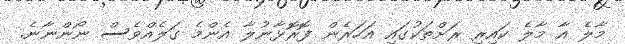
މާލެ އާ މާލެ ކައިރި ރަށްތަކުގައި އަހަރެން ފޮރޮޅާނުލާ އެންމެ ގަލެއްވެސް ނޯންނާނެ.